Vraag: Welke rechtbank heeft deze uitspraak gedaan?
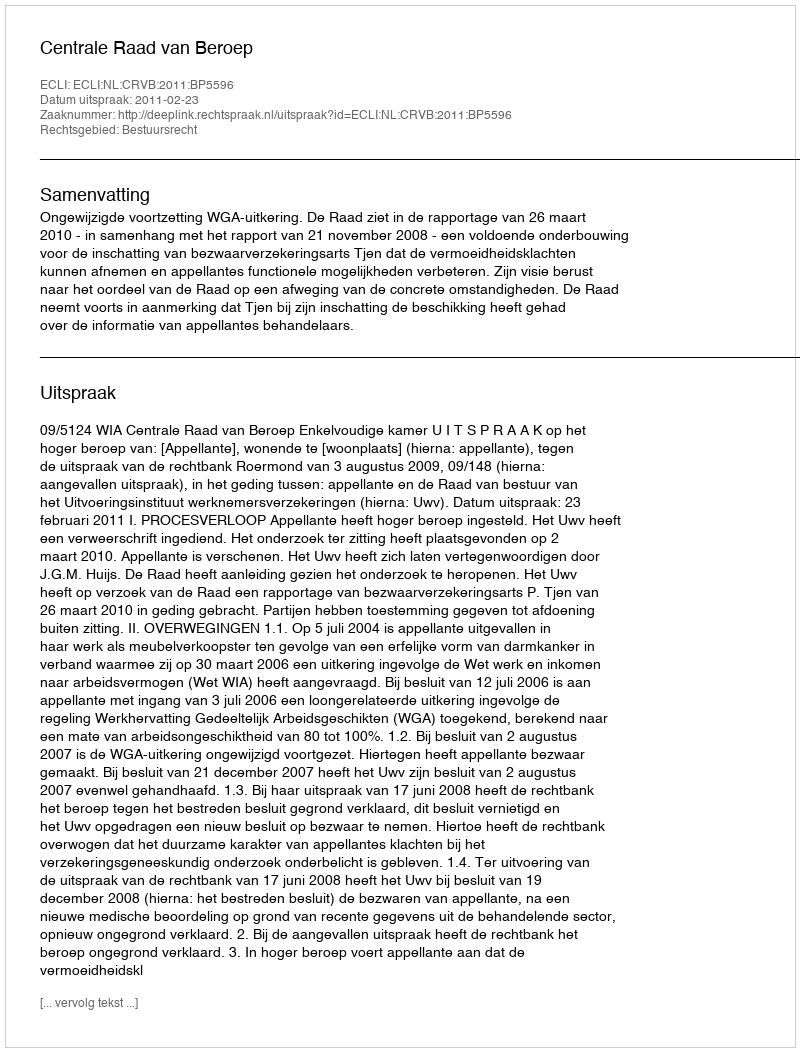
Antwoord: Centrale Raad van Beroep